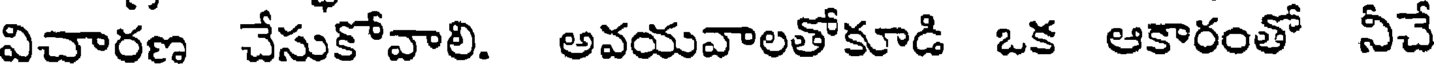
విచారణ చేసుకోవాలి. అవయవాలతోకూడి ఒక ఆకారంతో నీచే